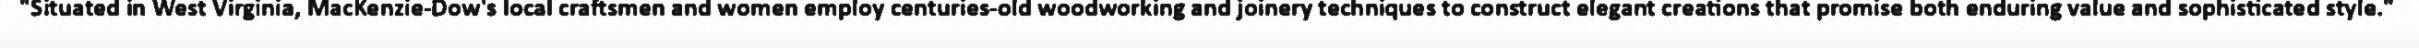
"Situated in West Virginia, MacKenzie-Dow's local craftsmen and women employ centuries-old woodworking and joinery techniques to construct elegant creations that promise both enduring value and sophisticated style."